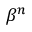
\beta ^ { n }